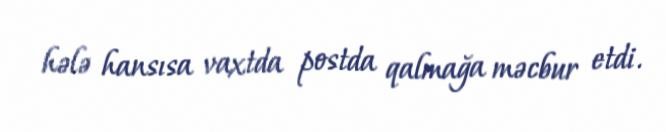
hələ hansısa vaxtda postda qalmağa məcbur etdi.